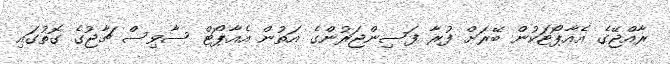
ރާއްޖޭގެ އެއާޕޯޓަކުން ބޭރަށް ފުރާ ފަސިންޖަރުންގެ އަތުން އެއާޕޯޓް ސާވިސް ޗާޖުގެ ގޮތުގައި